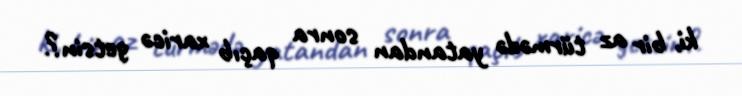
ki, bir az türmədə yatandan sonra qaçıb xaricə getsin?.